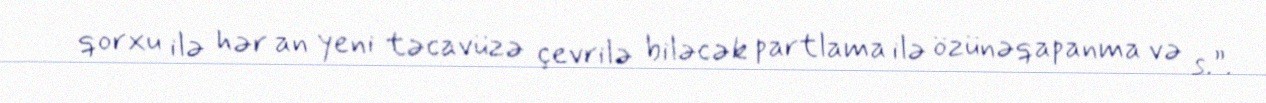
qorxu ilə hər an yeni təcavüzə çevrilə biləcək partlama ilə özünəqapanma və s.”.